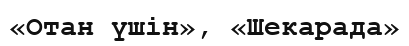
«Отан үшін», «Шекарада»